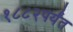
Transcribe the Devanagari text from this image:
१८८२पर्यंत